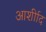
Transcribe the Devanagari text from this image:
आर्शीाद